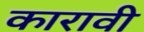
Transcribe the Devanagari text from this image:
कारावी